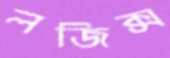
লজিক্স